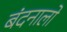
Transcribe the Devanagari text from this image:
बंदनालो